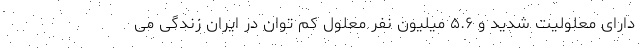
دارای معلولیت شدید و ۵.۶ میلیون نفر معلول کم توان در ایران زندگی می